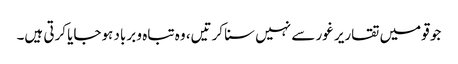
جو قومیں تقاریر غور سے نہیں سنا کرتیں، وہ تباہ و برباد ہوجایا کرتی ہیں۔